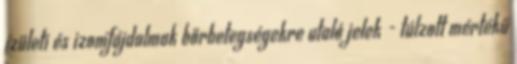
ízületi és izomfájdalmak bőrbetegségekre utaló jelek - túlzott mértékű